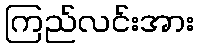
ကြည်လင်းအား